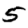
Digit: 5